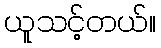
ယူသင့်တယ်။